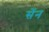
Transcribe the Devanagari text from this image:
सेंन